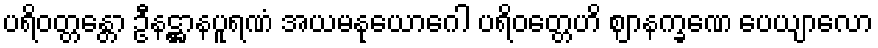
ပရိဝတ္တန္တော ဦနဋ္ဌာနပူရဏံ အယမနုယောဂေါ ပရိဝတ္တေဟိ ဈာနက္ခဏေ ပေယျာလော